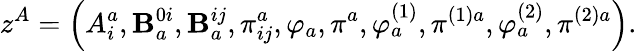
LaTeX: z^{A}=\left(A_{i}^{a},\mathbf{B}_{a}^{0i},\mathbf{B}_{a}^{ij},\pi_{ij}^{a},\varphi_{a},\pi^{a},\varphi_{a}^{\left(1\right)},\pi^{(1)a},\varphi_{a}^{\left(2\right)},\pi^{(2)a}\right).